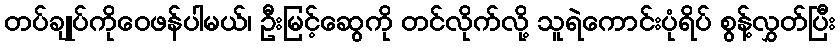
တပ်ချုပ်ကိုဝေဖန်ပါမယ်၊ ဦးမြင့်ဆွေကို တင်လိုက်လို့ သူရဲကောင်းပုံရိပ် စွန့်လွှတ်ပြီး